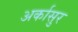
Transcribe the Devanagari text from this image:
अर्कासुर